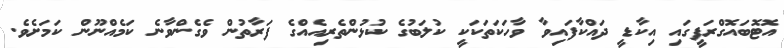
އޮޓޮބައޮގްރަފީގައި އިކާޑީ ދައްކާފައިވާ ވާހަކަތަކަކީ ކުލަބުގެ ކުޅުންތެރިއެއްގެ ފަރާތުން ވެގެންވާނެ ކަމެއްނޫން ކަމަށެވެ.